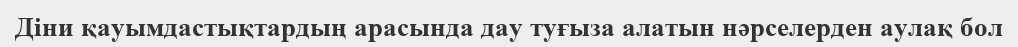
Діни қауымдастықтардың арасында дау туғыза алатын нәрселерден аулақ бол